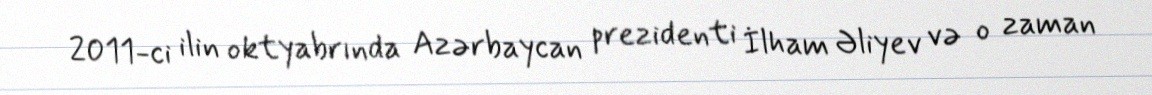
2011-ci ilin oktyabrında Azərbaycan prezidenti İlham Əliyev və o zaman